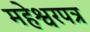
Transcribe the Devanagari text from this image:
महेश्वरपत्र